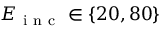
E _ { \mathrm { ~ i ~ n ~ c ~ } } \in \{ 2 0 , 8 0 \}